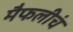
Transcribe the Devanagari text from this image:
मैफलीचं